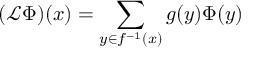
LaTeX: ( { \mathcal { L } } \Phi ) ( x ) = \sum _ { y \in f ^ { - 1 } ( x ) } g ( y ) \Phi ( y )